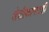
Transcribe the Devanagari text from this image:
शेतीकामातही